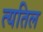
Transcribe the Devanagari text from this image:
त्यतिल